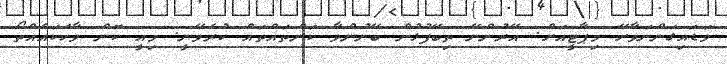
ވަޑައިގަންނަވާށޭ މިޕާޓީއަށް. އޭރުންނޭ ތިބޭފުޅުން ބޭނުންވާ ކަންތައްތައް ކުރެވޭނީ. މިއީ ކޮން ވާހަކައެއްތޯ